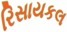
રિસાયકલ